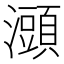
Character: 𤃌